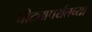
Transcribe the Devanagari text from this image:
घोट्यापर्यंतच्या